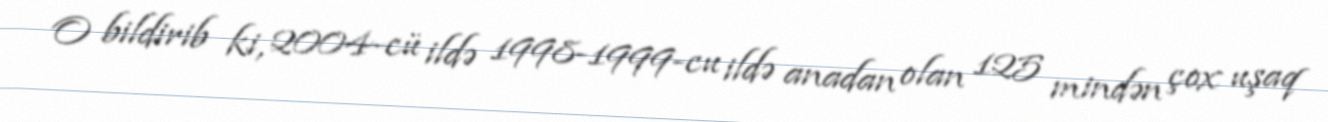
O bildirib ki, 2004-cü ildə 1998-1999-cu ildə anadan olan 125 mindən çox uşaq